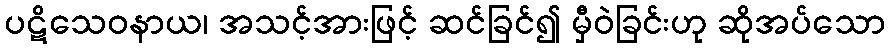
ပဋိသေဝနာယ၊ အသင့်အားဖြင့် ဆင်ခြင်၍ မှီဝဲခြင်းဟု ဆိုအပ်သော